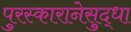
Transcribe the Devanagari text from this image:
पुरस्कारानेसुद्धा